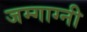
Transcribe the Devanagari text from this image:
जम्गाग्नी